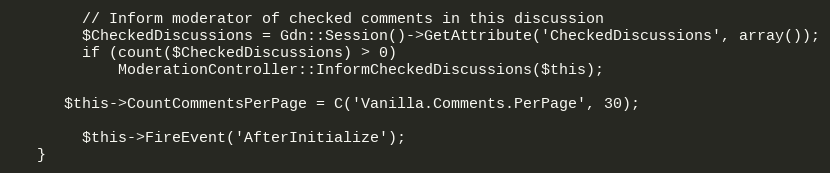
Language: PHP
		// Inform moderator of checked comments in this discussion
		$CheckedDiscussions = Gdn::Session()->GetAttribute('CheckedDiscussions', array());
		if (count($CheckedDiscussions) > 0)
			ModerationController::InformCheckedDiscussions($this);

      $this->CountCommentsPerPage = C('Vanilla.Comments.PerPage', 30);

		$this->FireEvent('AfterInitialize');
   }